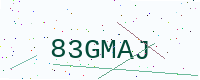
Text: 83GMAJ